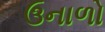
ઉનાળો